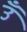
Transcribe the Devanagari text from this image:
उँ